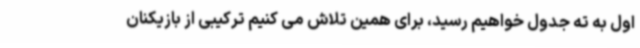
اول به ته جدول خواهیم رسید، برای همین تلاش می کنیم ترکیبی از بازیکنان